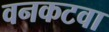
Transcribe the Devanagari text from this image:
वनकटवा